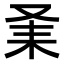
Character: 𠬽